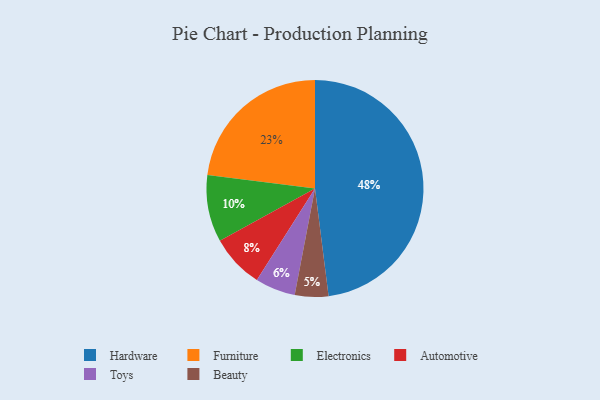
{"axis": {"x": "Category", "y": "Percentage"}, "legend": ["Automotive", "Beauty", "Electronics", "Furniture", "Hardware", "Toys"], "data": [{"x": "Electronics", "y": 10, "type": "Electronics"}, {"x": "Beauty", "y": 5, "type": "Beauty"}, {"x": "Hardware", "y": 48, "type": "Hardware"}, {"x": "Automotive", "y": 8, "type": "Automotive"}, {"x": "Furniture", "y": 23, "type": "Furniture"}, {"x": "Toys", "y": 6, "type": "Toys"}]}